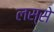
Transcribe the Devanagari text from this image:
लस्से